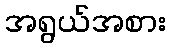
အရွယ်အစား